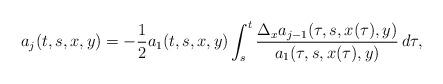
LaTeX: \begin{align*}a_j(t,s,x,y)=-\frac{1}{2}a_1(t,s,x,y)\int_s^t\frac{\Delta_x a_{j-1}(\tau,s,x(\tau),y)}{ a_1(\tau,s,x(\tau),y)}\, d\tau,\end{align*}